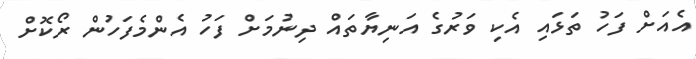
އެއަށް ފަހު ތަޅައި އެކި ވަރުގެ އަނިޔާތައް ދިނުމަށް ފަހު އެންމެފަހުން ރޯކޮށް